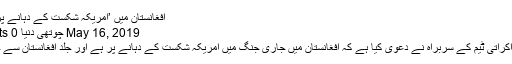
افغانستان میں ’امریکہ شکست کے دہانے پر ہے: طالبان
May 16, 2019 چوتھی دنیا 0 Comments
طالبان کی مذاکراتی ٹیم کے سربراہ نے دعویٰ کیا ہے کہ افغانستان میں جاری جنگ میں امریکہ شکست کے دہانے پر ہے اور جلد افغانستان سے چلا جائے گا۔